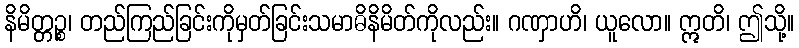
နိမိတ္တဉ္စ၊ တည်ကြည်ခြင်းကိုမှတ်ခြင်းသမာဓိနိမိတ်ကိုလည်း။ ဂဏှာဟိ၊ ယူလော။ ဣတိ၊ ဤသို့။